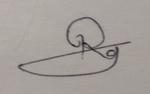
Signature authenticity: genuine